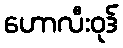
ဟောလီးဝုဒ်